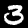
Digit: 3